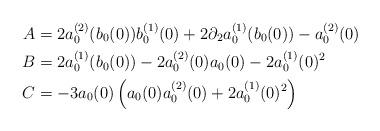
LaTeX: \begin{align*} A & = 2a_{0}^{(2)}(b_{0}(0))b_{0}^{(1)}(0) + 2\partial_{2}a_{0}^{(1)}(b_{0}(0)) - a_{0}^{(2)}(0) \\ B & = 2a_{0}^{(1)}(b_{0}(0)) - 2a_{0}^{(2)}(0)a_{0}(0) - 2a_{0}^{(1)}(0)^{2} \\ C & = -3a_{0}(0)\left(a_{0}(0)a_{0}^{(2)}(0) + 2a_{0}^{(1)}(0)^{2}\right)\end{align*}